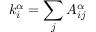
k _ { i } ^ { \alpha } = \sum _ { j } { A _ { i j } ^ { \alpha } }